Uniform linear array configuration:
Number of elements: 24
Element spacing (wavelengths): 0.5
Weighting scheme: blackman
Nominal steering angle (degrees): -30
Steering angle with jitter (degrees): -29.034
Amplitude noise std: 0.05
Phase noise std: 0.05

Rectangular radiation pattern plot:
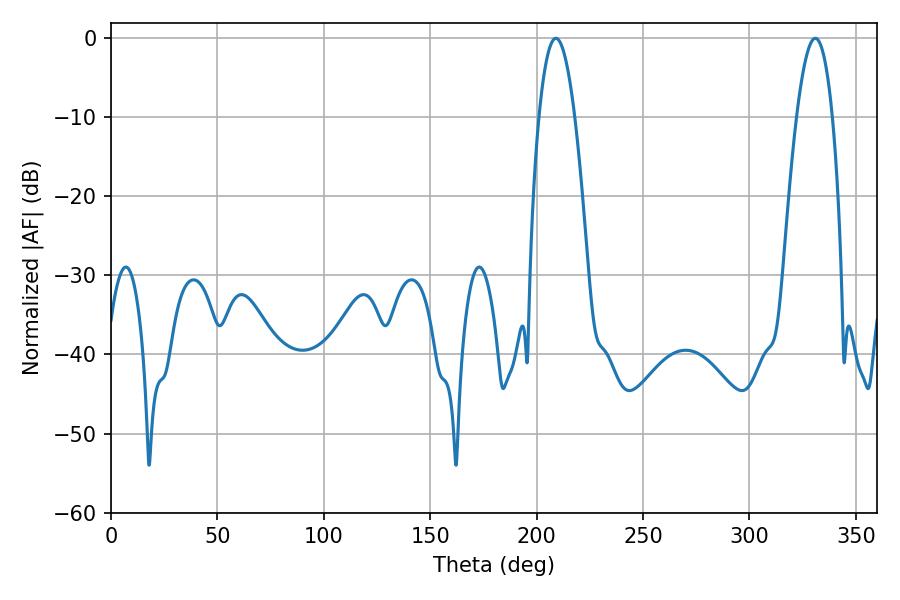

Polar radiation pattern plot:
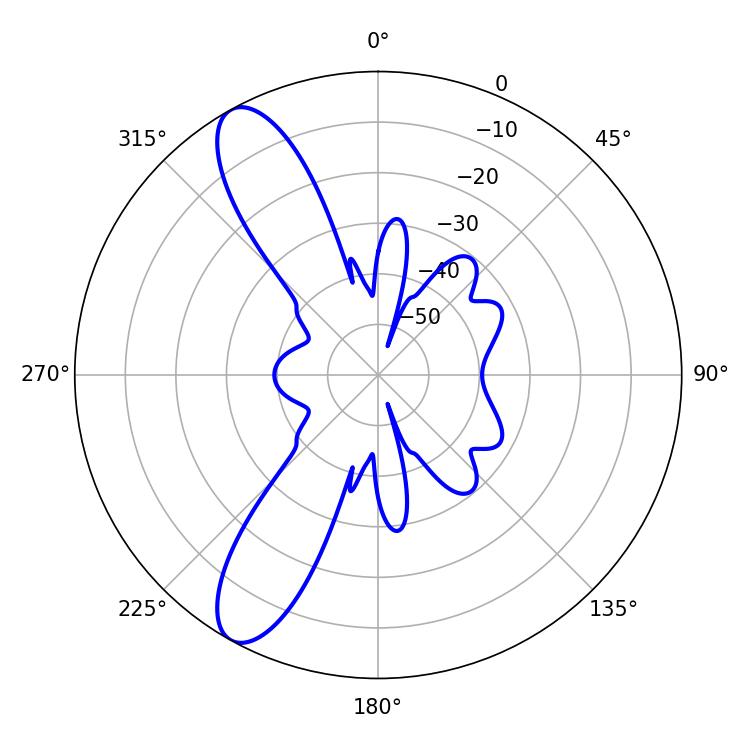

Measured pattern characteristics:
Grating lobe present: FALSE
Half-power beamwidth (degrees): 9.36
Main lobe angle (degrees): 208.98